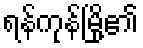
ရန်ကုန်မြို့၏